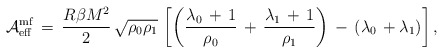
\begin{align*}{\cal A}_{\rm eff}^{\rm mf}\,=\,\frac{R\beta M^2}{2}\,\sqrt{\rho_{0}\rho_{1}}\,\left[\left(\frac{\lambda_0\,+\,1}{\rho_0}\,+\,\frac{\lambda_1\,+\,1}{\rho_1}\right)\,-\,\left(\lambda_0\,+\lambda_1\right)\right],\end{align*}